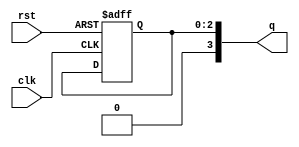
`timescale 1ns / 1ps
//////////////////////////////////////////////////////////////////////////////////
// Company: 
// Engineer: 
// 
// Design Name: 
// Module Name: LSFR
// Project Name: 
// Target Devices: 
// Tool Versions: 
// Description: 
// 
// Dependencies: 
// 
// Revision:
// Revision 0.01 - File Created
// Additional Comments:
// 
//////////////////////////////////////////////////////////////////////////////////


module LSFR #(parameter N=3)
(input wire clk,rst,
output [N:0]q);
reg[N-1:0]r_reg;
wire [N-1:0]r_next;
wire feedback;

always@(posedge clk,posedge rst)
    begin
        if(rst)
            r_reg<=1;
        else if(clk==1'b1)
                r_reg<=r_next;
    end
  assign feedback =r_reg[3]^r_reg[2]^r_reg[0];
  
  assign r_next={feedback,r_reg[N-1:0]};
  assign q=r_reg;
  
endmodule